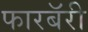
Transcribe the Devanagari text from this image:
फारबॅरी